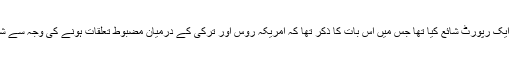
"نیویارک ٹائمز” نے چند روز قبل اپنے ویب سائٹ پر ایک رپورٹ شائع کیا تھا جس میں اس بات کا ذکر تھا کہ امریکہ روس اور ترکی کے درمیان مضبوط تعلقات ہونے کی وجہ سے شام کے مسائل حل کرنے کے سلسلہ میں حاشیہ پر ہے۔